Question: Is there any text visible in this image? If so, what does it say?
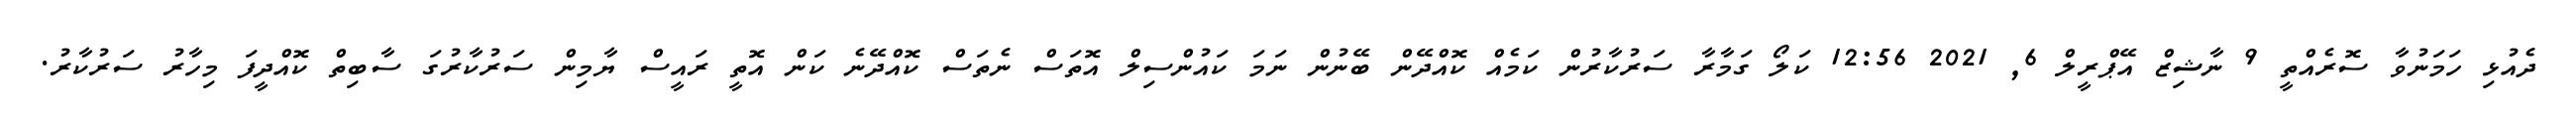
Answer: ދެއުޅި ހަމަނުވާ ސޮރެއްތީ 9 ނާޝިޒް އޭޕްރީލް 6, 2021 12:56 ކަލޯ ގަމާރާ ސަރުކާރުން ކަމެއް ކޮއްދޭން ބޭނުން ނަމަ ކައުންސިލް އޮތަސް ނެތަސް ކޮއްދޭނެ ކަން އޮތީ ރައީސް ޔާމިން ސަރުކާރުގަ ސާބިތް ކޮއްދީފަ މިހާރު ސަރުކާރު.